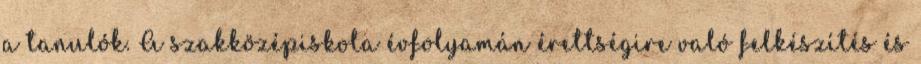
a tanulók. A szakközépiskola évfolyamán érettségire való felkészítés és